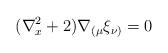
LaTeX: \begin{align*}(\nabla^{2}_x + 2)\nabla_{(\mu}\xi_{\nu)} =0\end{align*}